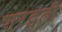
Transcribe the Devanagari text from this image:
शरद्वती